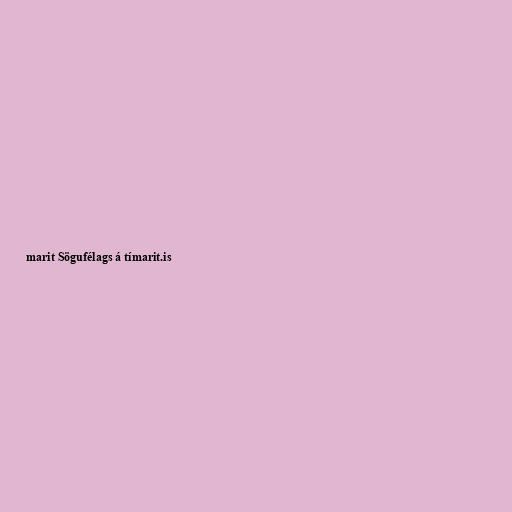
marit Sögufélags á tímarit.is